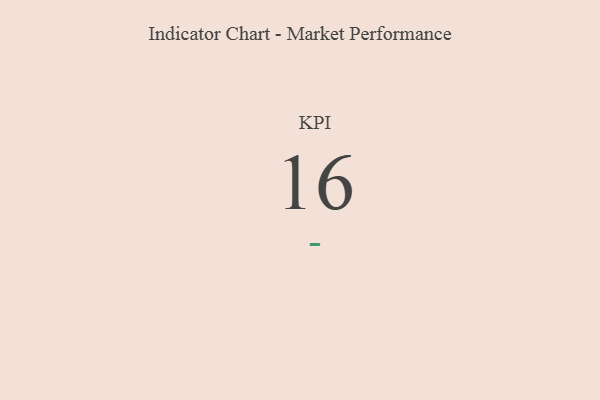
{"axis": {"x": "KPI", "y": "Value"}, "legend": [""], "data": [{"x": "KPI", "y": 16, "type": ""}]}